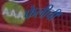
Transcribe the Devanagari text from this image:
फेलीची